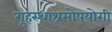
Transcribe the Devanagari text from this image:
गृहस्थाश्रमोपयोगी